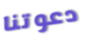
دعوتنا